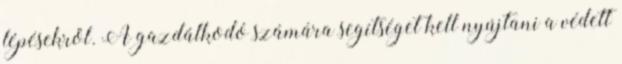
lépésekről. A gazdálkodó számára segítséget kell nyújtani a védett